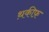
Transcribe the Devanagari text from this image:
थ़कीफ़